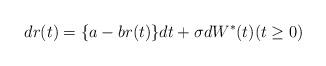
LaTeX: \begin{align*}dr(t)=\{a-br(t)\}d t+ \sigma dW^*(t)(t\ge 0)\end{align*}